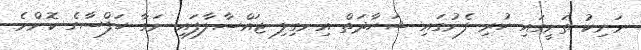
މަނިކު ތަށީގައި ހުރި ފެނުގައި ޝަހާދަތް އިނގިލި ޖައްސާލާފައި ނަގާ ހަފްސާގެ ކޮންމެ